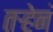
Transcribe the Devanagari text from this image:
तर्‍हेनं